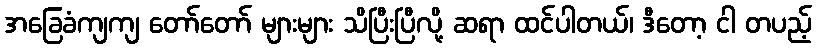
အခြေခံကျကျ တော်တော် များများ သိပြီးပြီလို့ ဆရာ ထင်ပါတယ်၊ ဒီတော့ ငါ တပည့်